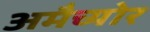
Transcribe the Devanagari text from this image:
अमैच्योर